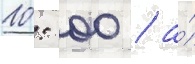
10: 00 / а́